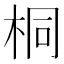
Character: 桐